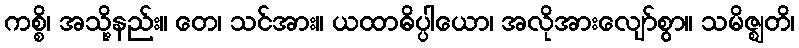
ကစ္စိ၊ အသို့နည်း။ တေ၊ သင်အား။ ယထာဓိပ္ပါယော၊ အလိုအားလျော်စွာ။ သမိဇ္ဈတိ၊